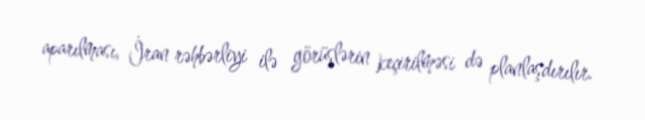
aparılması, İran rəhbərliyi ilə görüşlərin keçirilməsi də planlaşdırılır.